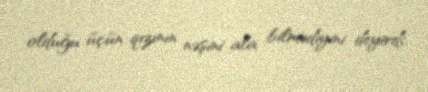
olduğu üçün qızının nəşini ala bilmədiyini deyirdi.